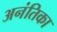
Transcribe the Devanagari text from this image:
अनंतिका